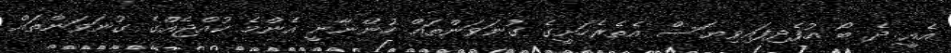
އެއީ ދެ ބޯ އުފެދިފައިވިޔަސް އެތެރެހަށީގެ ގުނަވަންތައް ހުންނާނީ އެންމެ ކުއްޖެއްގެ ގުނަވަންތައް